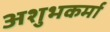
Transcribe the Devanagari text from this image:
अशुभकर्मा